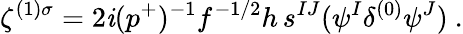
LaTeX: \zeta^{(1)\sigma}=2\mathit{i}(p^{+})^{-1}f^{-1/2}h\, s^{IJ}(\psi^{I}\delta^{(0)}\psi^{J})~.